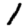
Digit: 1